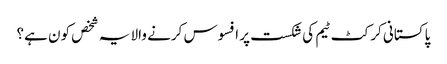
پاکستانی کرکٹ ٹیم کی شکست پر افسوس کرنے والا یہ شخص کون ہے؟